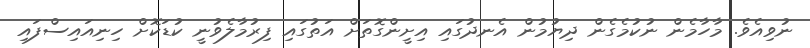
ނުވިއެވެ. މާހާމެން ނުކުމެގެން ދިޔުމުން އެނދުގައި އިށީންގޮތަށް އަތުގައި ފިރުމާލެވުނީ ކުޑަކޮށް ހިނިއައިސްފައި